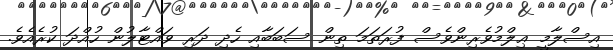
އިސްލާމީ ޢިލްމުވެރިންވެސް ފުރަތަމަ ތިން ސަބަބާއި ހެދި ދަރި ވައްޓާލުން ހުއްދަ ކުރެއެވެ.